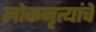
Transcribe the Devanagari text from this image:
लोकनृत्यांचे